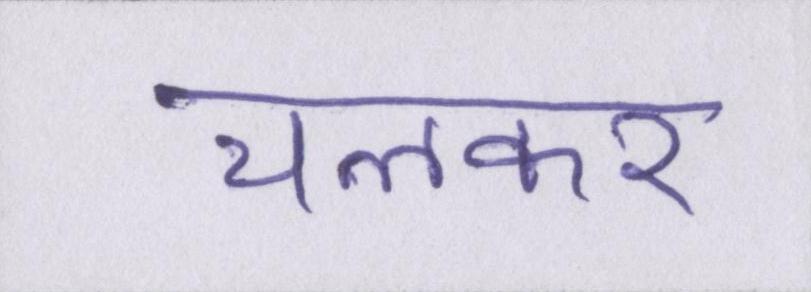
चलकर